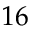
1 6